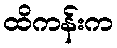
ထိကန်းက